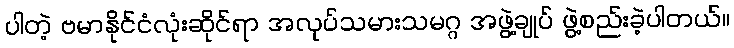
ပါတဲ့ ဗမာနိုင်ငံလုံးဆိုင်ရာ အလုပ်သမားသမဂ္ဂ အဖွဲ့ချုပ် ဖွဲ့စည်းခဲ့ပါတယ်။